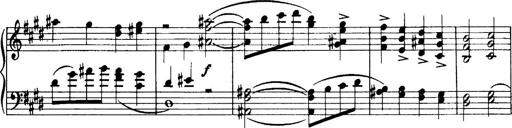
Title: 3 Sonatinas, Op.67
Composer: Jean Sibelius